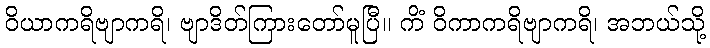
ဝိယာကရိဗျာကရိ၊ ဗျာဒိတ်ကြားတော်မူပြီ။ ကိံ ဝိကာကရိဗျာကရိ၊ အဘယ်သို့